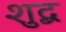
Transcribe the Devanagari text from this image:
शुद्ब